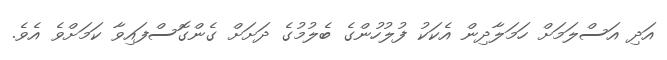
އަދި އަސްލަމަށް ހަމަލާދިން އެކަކު ފުލުހުންގެ ބެލުމުގެ ދަށަށް ގެންގޮސްފައިވާ ކަމަށްވެ އެވެ.